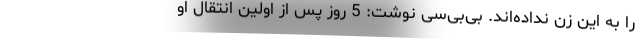
را به این زن نداده‌اند. بی‌بی‌سی نوشت: 5 روز پس از اولین انتقال او